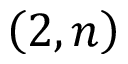
\left( 2 , n \right)